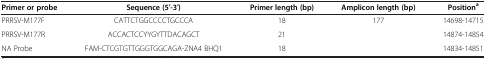
| Primer or probe | Sequence (5′-3′) | Primer length (bp) | Amplicon length (bp) | Positiona |
 | --- | --- | --- | --- | --- |
 | PRRSV-M177F | CATTCTGGCCCCTGCCCA | 18 | <ROWSPAN=2> 177 | 14698-14715 |
 | PRRSV-M177R | ACCACTCCYYGYTTDACAGCT | 21 | 14874-14854 |
 | NA Probe | FAM-CTCGTGTTGGGTGGCAGA-ZNA4 BHQ1 | 18 |  | 14834-14851 |